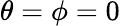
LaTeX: \theta=\phi=0